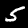
Label: 5